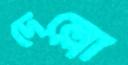
দেল্লো